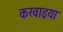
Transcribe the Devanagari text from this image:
करवाइया